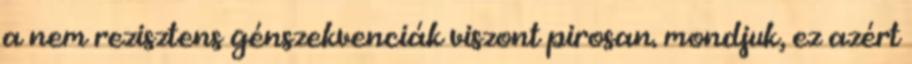
a nem rezisztens génszekvenciák viszont pirosan. mondjuk, ez azért